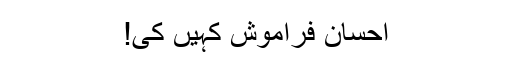
احسان فراموش کہیں کی!